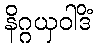
နိဂ္ဂယှဝါဒိံ